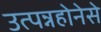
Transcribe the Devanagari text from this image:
उत्पन्नहोनेसे